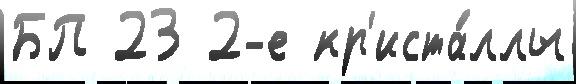
БП 23 2-е кр'иста́ллы